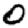
Digit: 0